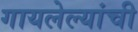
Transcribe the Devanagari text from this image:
गायलेल्यांची